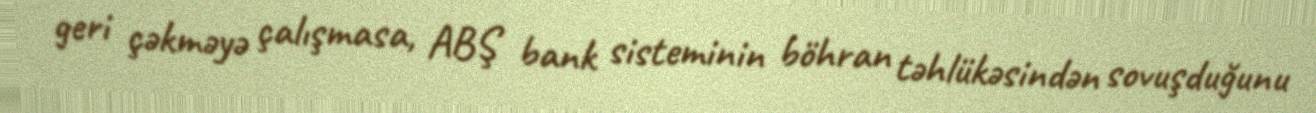
geri çəkməyə çalışmasa, ABŞ bank sisteminin böhran təhlükəsindən sovuşduğunu